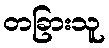
တခြားသူ